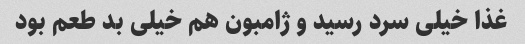
غذا خیلی سرد رسید و ژامبون هم خیلی بد طعم بود